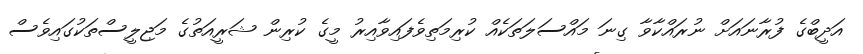
އަދީބްގެ ފުރާނައަށް ނުރައްކާވާ ގިނަ މައްސަލަތަކެއް ކުރިމަތިވެފައިވާއިރު މީގެ ކުރިން ޝަރީއަތުގެ މަޖިލީސްތަކުގައިވެސް